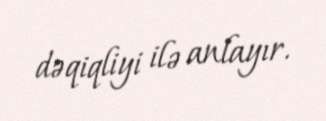
dəqiqliyi ilə anlayır.